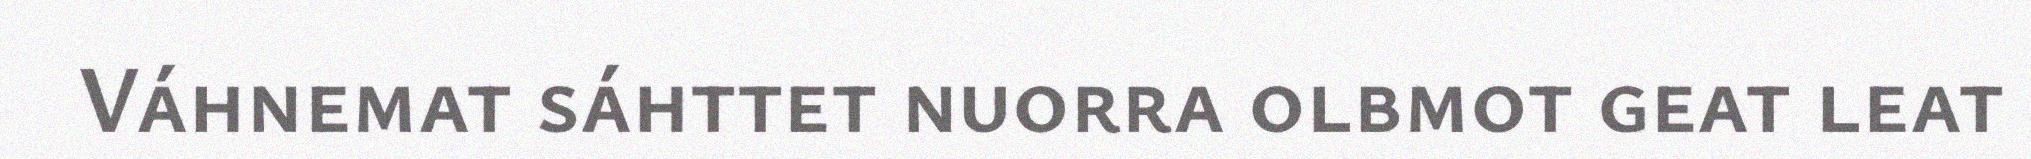
Váhnemat sáhttet nuorra olbmot geat leat